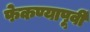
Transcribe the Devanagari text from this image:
फेकण्यापूर्वी